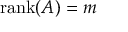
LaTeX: \operatorname { r a n k } ( A ) = m